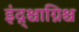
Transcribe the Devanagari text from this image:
इंद्र्श्चाग्निश्च